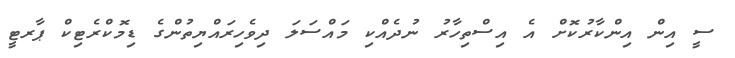
ސީ އިން އިންކާރުކޮށް އެ އިސްތިހާރު ނުދެއްކި މައްސަލަ ދިވެހިރައްޔިތުންގެ ޑިމޮކްރެޓިކް ޕާރޓީ